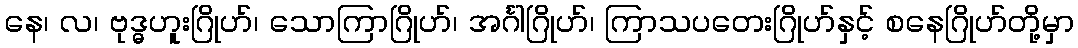
နေ၊ လ၊ ဗုဒ္ဓဟူးဂြိုဟ်၊ သောကြာဂြိုဟ်၊ အင်္ဂါဂြိုဟ်၊ ကြာသပတေးဂြိုဟ်နှင့် စနေဂြိုဟ်တို့မှာ